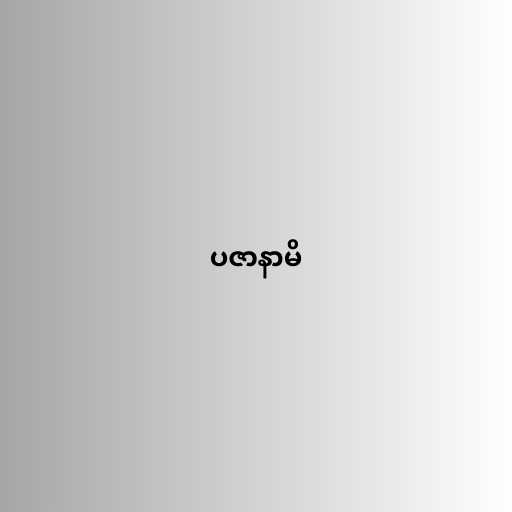
ပဇာနာမိ